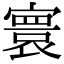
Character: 寰